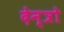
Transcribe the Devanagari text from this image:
देन्त्रो